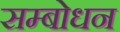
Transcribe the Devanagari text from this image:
सम्‍बोधन